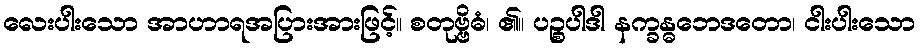
လေးပါးသော အာဟာရအပြားအားဖြင့်။ စတုဗ္ဗိဓံ၊ ၏။ ပဉ္စပါဒါ နက္ခန္ဓဘေဒတော၊ ငါးပါးသော